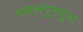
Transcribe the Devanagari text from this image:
गजलगुनगुना